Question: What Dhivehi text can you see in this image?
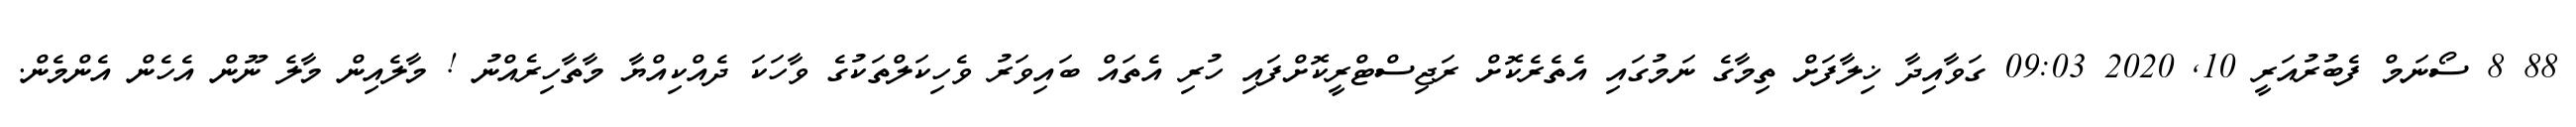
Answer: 88 8 ސޯނަމް ފެބުރުއަރީ 10, 2020 09:03 ގަވާއިދާ ޚިލާފަށް ތިމާގެ ނަމުގައި އެތެރެކޮށް ރަޖިސްޓްރީކޮށްފައި ހުރި އެތައް ބައިވަރު ވެހިކަލްތަކުގެ ވާހަކަ ދެއްކިއްޔާ މާތާހިރެއްނު ! މާލެއިން މާލެ ނޫން އެހެން އެންމެން.